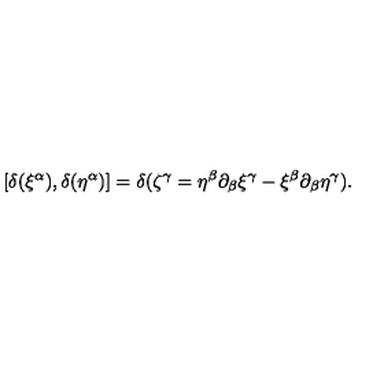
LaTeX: [ \delta ( \xi ^ { \alpha } ) , \delta ( \eta ^ { \alpha } ) ] = \delta ( \zeta ^ { \gamma } = \eta ^ { \beta } \partial _ { \beta } \xi ^ { \gamma } - \xi ^ { \beta } \partial _ { \beta } \eta ^ { \gamma } ) .